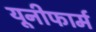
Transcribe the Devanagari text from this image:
यूनीफार्म